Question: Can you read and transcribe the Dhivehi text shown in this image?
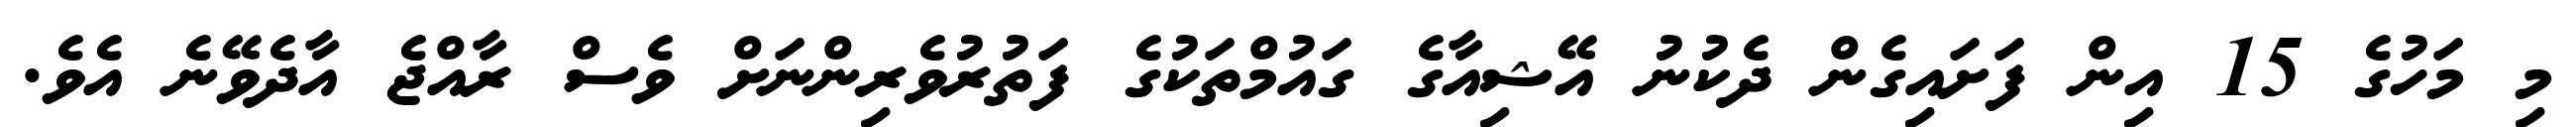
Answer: މި މަހުގެ 15 އިން ފަށައިގެން ދެކުނު އޭޝިއާގެ ގައުމްތަކުގެ ފަތުރުވެރިންނަށް ވެސް ރާއްޖެ އާދެވޭނެ އެވެ.